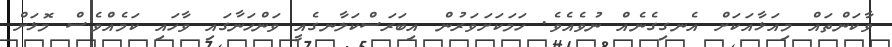
ވާކަންތައް މިއަޅާއަކަށް އެނގިގެނެއް ނުވެއެވެ. ހަމަކަށަވަރުން އިބަރަސްކަލާނގެއީ ވަންހަނާގައި ވާހައި ކަމެއްވެސް މޮޅަށް